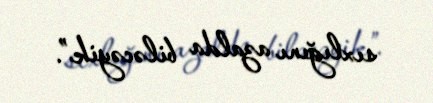
sıxlığını azalda biləcəyik”.